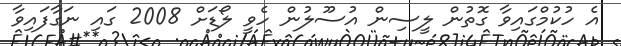
އެ ހުކުމްގައިވާ ގޮތުން ލީސިން އުސޫލުން ހެވީ ލޯޑަށް 2008 ގައި ނަގާފައިވާ